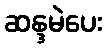
ဆန္ဒမဲပေး